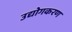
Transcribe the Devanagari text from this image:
उद्योगकरण